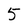
Character: 5